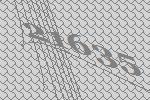
21635